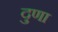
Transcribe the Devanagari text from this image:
दुणा